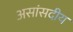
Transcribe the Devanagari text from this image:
असांसदीय